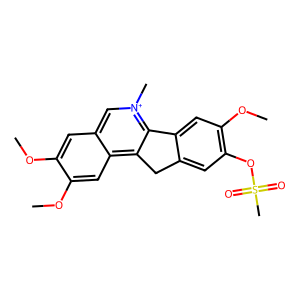
SMILES: COc1cc2c[n+](C)c3c(c2cc1OC)Cc1cc(OS(C)(=O)=O)c(OC)cc1-3
Inhibits HIV replication: No